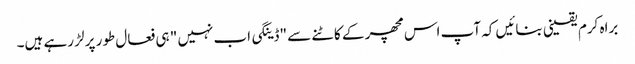
براہ کرم یقینی بنائیں کہ آپ اس مچھر کے کاٹنے سے "ڈینگی اب نہیں " ہی فعال طور پر لڑ رہے ہیں۔